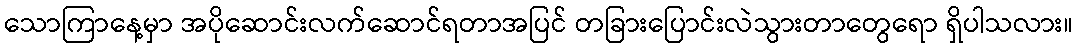
သောကြာနေ့မှာ အပိုဆောင်းလက်ဆောင်ရတာအပြင် တခြားပြောင်းလဲသွားတာတွေရော ရှိပါသလား။